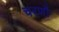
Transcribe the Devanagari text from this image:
चरणौ